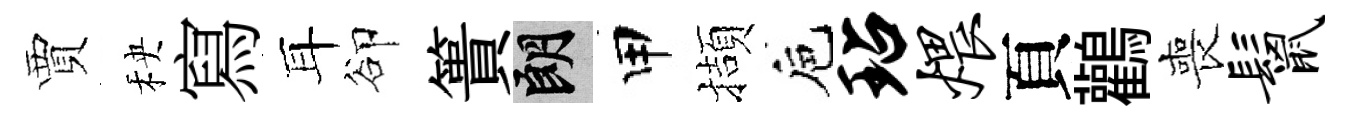
賈秧寫耳卻簣朗甲擷巵玷煨頁鸛喪鬣